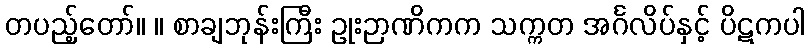
တပည့်တော်။ ။ စာချဘုန်းကြီး ဥုးဉာဏိကက သက္ကတ အင်္ဂလိပ်နှင့် ပိဋကပါ